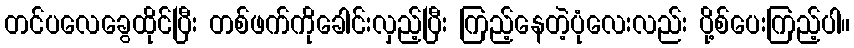
တင်ပလေခွေထိုင်ပြီး တစ်ဖက်ကိုခေါင်းလှည့်ပြီး ကြည့်နေတဲ့ပုံလေးလည်း ပို့စ်ပေးကြည့်ပါ။